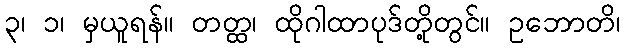
၃၊ ၁၊ မှယူရန်။ တတ္ထ၊ ထိုဂါထာပုဒ်တို့တွင်။ ဥဘောတိ၊